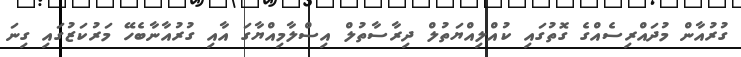
ގުރުއާން މުދައްރިސެއްގެ ގޮތުގައި ކުއްލިއްޔަތުލް ދިރާސާތުލް އިސްލާމިއްޔާގަ އާއި ގުރުއާނާބެހޭ މަރުކަޒުގައި ގިނަ